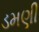
ડમણી